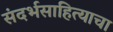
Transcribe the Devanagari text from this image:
संदर्भसाहित्याचा